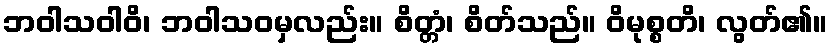
ဘဝါသဝါဝိ၊ ဘဝါသဝမှလည်း။ စိတ္တံ၊ စိတ်သည်။ ဝိမုစ္စတိ၊ လွတ်၏။